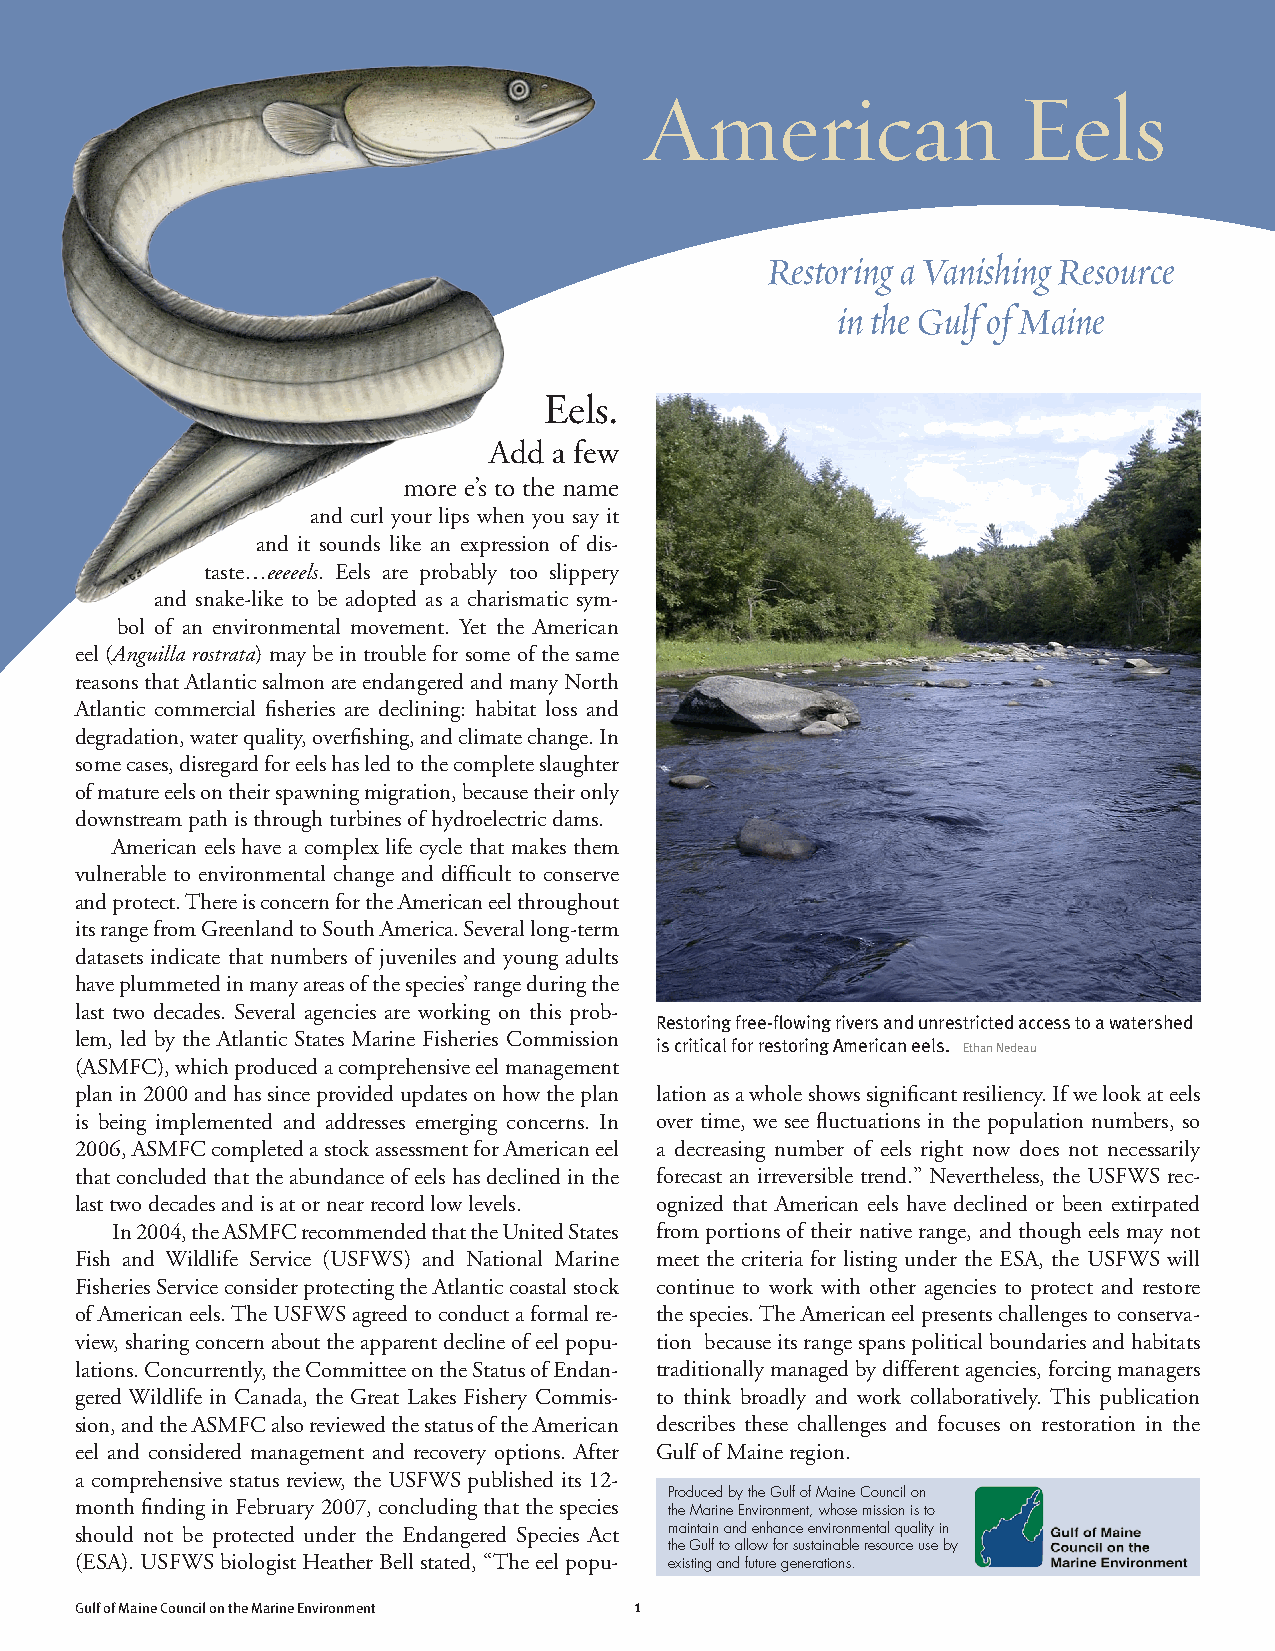
American                Eels
 Restoring a Vanishing Resource
 in the Gulf of Maine
 Eels.
 Add  a few
 more e’s to the name
 and curl your lips when you say it
 and it sounds like an expression of dis-
 taste…eeeeels. Eels are probably too slippery
 and snake-like to be adopted as a charismatic sym-
 bol of an environmental movement. Yet the American
 eel (Anguilla rostrata) may be in trouble for some of the same
 reasons that Atlantic salmon are endangered and many North
 Atlantic commercial fisheries are declining: habitat loss and
 degradation, water quality, overfishing, and climate change. In
 some cases, disregard for eels has led to the complete slaughter
 of mature eels on their spawning migration, because their only
 downstream path is through turbines of hydroelectric dams.
 American eels have a complex life cycle that makes them
 vulnerable to environmental change and difficult to conserve
 and protect. There is concern for the American eel throughout
 its range from Greenland to South America. Several long-term
 datasets indicate that numbers of juveniles and young adults
 have plummeted in many areas of the species’ range during the
 last two decades. Several agencies are working on this prob-
 Restoring free-flowing rivers and unrestricted access to a watershed
 lem, led by the Atlantic States Marine Fisheries Commission
 is critical for restoring American eels. Ethan Nedeau
 (ASMFC), which produced a comprehensive eel management
 plan in 2000 and has since provided updates on how the plan lation as a whole shows significant resiliency. If we look at eels
 is being implemented and addresses emerging concerns. In over time, we see fluctuations in the population numbers, so
 2006, ASMFC completed a stock assessment for American eel a decreasing number of eels right now does not necessarily
 that concluded that the abundance of eels has declined in the forecast an irreversible trend.” Nevertheless, the USFWS rec-
 last two decades and is at or near record low levels. ognized that American eels have declined or been extirpated
 In 2004, the ASMFC recommended that the United States from portions of their native range, and though eels may not
 Fish and Wildlife Service (USFWS) and National Marine meet the criteria for listing under the ESA, the USFWS will
 Fisheries Service consider protecting the Atlantic coastal stock continue to work with other agencies to protect and restore
 of American eels. The USFWS agreed to conduct a formal re- the species. The American eel presents challenges to conserva-
 view, sharing concern about the apparent decline of eel popu- tion because its range spans political boundaries and habitats
 lations. Concurrently, the Committee on the Status of Endan- traditionally managed by different agencies, forcing managers
 gered Wildlife in Canada, the Great Lakes Fishery Commis- to think broadly and work collaboratively. This publication
 sion, and the ASMFC also reviewed the status of the American describes these challenges and focuses on restoration in the
 eel and considered management and recovery options. After Gulf of Maine region.
 a comprehensive status review, the USFWS published its 12-
 Produced by the Gulf of Maine Council on
 month finding in February 2007, concluding that the species
 the Marine Environment, whose mission is to
 should not be protected under the Endangered Species Act maintain and enhance environmental quality in
 the Gulf to allow for sustainable resource use by
 (ESA). USFWS biologist Heather Bell stated, “The eel popu- existing and future generations.
 Gulf of Maine Council on the Marine Environment 